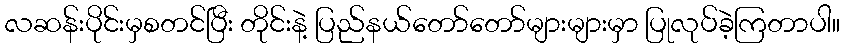
လဆန်းပိုင်းမှစတင်ပြီး တိုင်းနဲ့ ပြည်နယ်တော်တော်များများမှာ ပြုလုပ်ခဲ့ကြတာပါ။